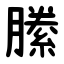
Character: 縢